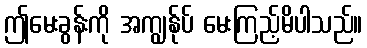
ဤမေးခွန်းကို အကျွန်ုပ် မေးကြည့်မိပါသည်။